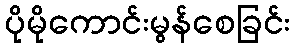
ပိုမိုကောင်းမွန်စေခြင်း